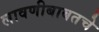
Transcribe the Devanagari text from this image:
लावणीबाबतचे